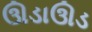
ઊડાઊડ